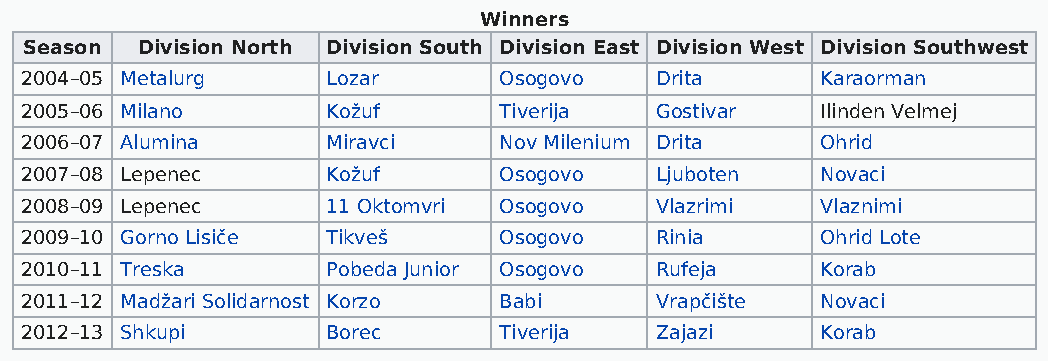
Winners
 Season Division North Division South Division East Division West Division Southwest
 2004–05 Metalurg     Lozar      Osogovo   Drita      Karaorman
 2005–06 Milano       Kožuf      Tiverija  Gostivar   Ilinden Velmej
 2006–07 Alumina      Miravci    Nov Milenium Drita   Ohrid
 2007–08 Lepenec      Kožuf      Osogovo   Ljuboten   Novaci
 2008–09 Lepenec      11 Oktomvri Osogovo  Vlazrimi   Vlaznimi
 2009–10 Gorno Lisiče Tikveš     Osogovo   Rinia      Ohrid Lote
 2010–11 Treska       Pobeda Junior Osogovo Rufeja    Korab
 2011–12 Madžari Solidarnost Korzo Babi    Vrapčište  Novaci
 2012–13 Shkupi       Borec      Tiverija  Zajazi     Korab